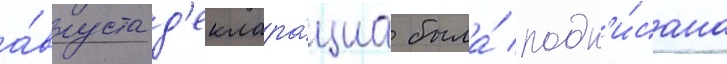
а́вгуста д'еклара́циа была́ подп'и́сана